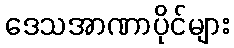
ဒေသအာဏာပိုင်များ